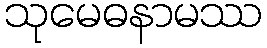
သုမေဓနာမဿ